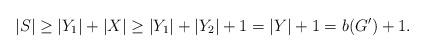
LaTeX: \begin{align*}|S| \ge |Y_1| + |X| \ge |Y_1| + |Y_2| + 1 = |Y| + 1 = b(G') + 1.\end{align*}